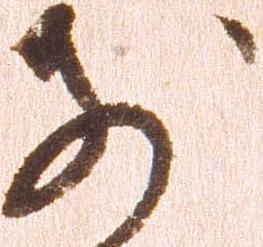
別